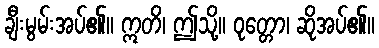
ချီးမွမ်းအပ်၏။ ဣတိ၊ ဤသို့။ ဝုတ္တော၊ ဆိုအပ်၏။